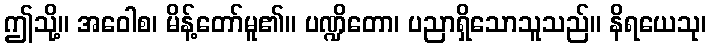
ဤသို့။ အဝေါစ၊ မိန့်တော်မူ၏။ ပဏ္ဍိတော၊ ပညာရှိသောသူသည်။ နိရယေသု၊